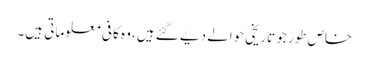
خاص طور جو تاریخی حوالے دیے گئے ہیں، وہ کافی معلوماتی ہیں۔